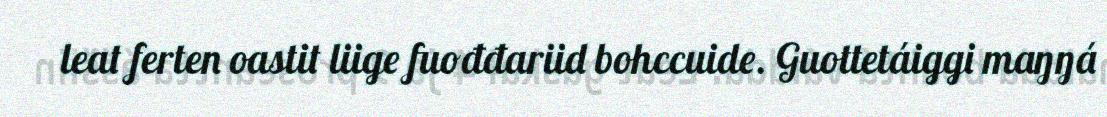
leat ferten oastit liige fuođđariid bohccuide. Guottetáiggi maŋŋá